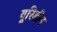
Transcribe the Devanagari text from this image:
यूरिडीन